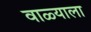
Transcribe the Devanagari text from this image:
वाळ्याला